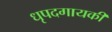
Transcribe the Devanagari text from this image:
धृपदगायकी